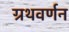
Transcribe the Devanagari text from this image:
ग्रथवर्णन